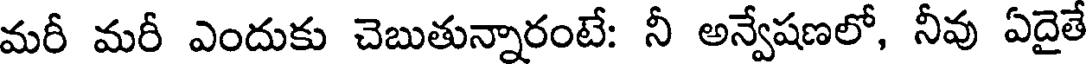
మరీ మరీ ఎందుకు చెబుతున్నారంటే: నీ అన్వేషణలో, నీవు ఏదైతే